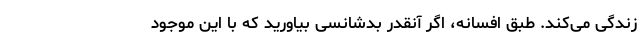
زندگی می‌کند. طبق افسانه، اگر آنقدر بدشانسی بیاورید که با این موجود